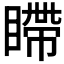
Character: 𪾹